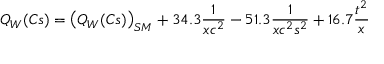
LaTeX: Q _ { W } ( C s ) = \left( Q _ { W } ( C s ) \right) _ { S M } + 3 4 . 3 { \frac { 1 } { x c ^ { 2 } } } - 5 1 . 3 { \frac { 1 } { x c ^ { 2 } s ^ { 2 } } } + 1 6 . 7 { \frac { t ^ { 2 } } { x } }